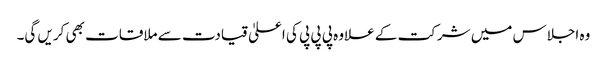
وہ اجلاس میں شرکت کے علاوہ پی پی پی کی اعلیٰ قیادت سے ملاقات بھی کریں گی۔